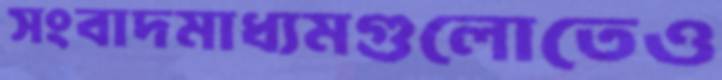
সংবাদমাধ্যমগুলোতেও